Civil Veterinary Department Bengal reports 1923-33 - 1923-1933
Year: 1923
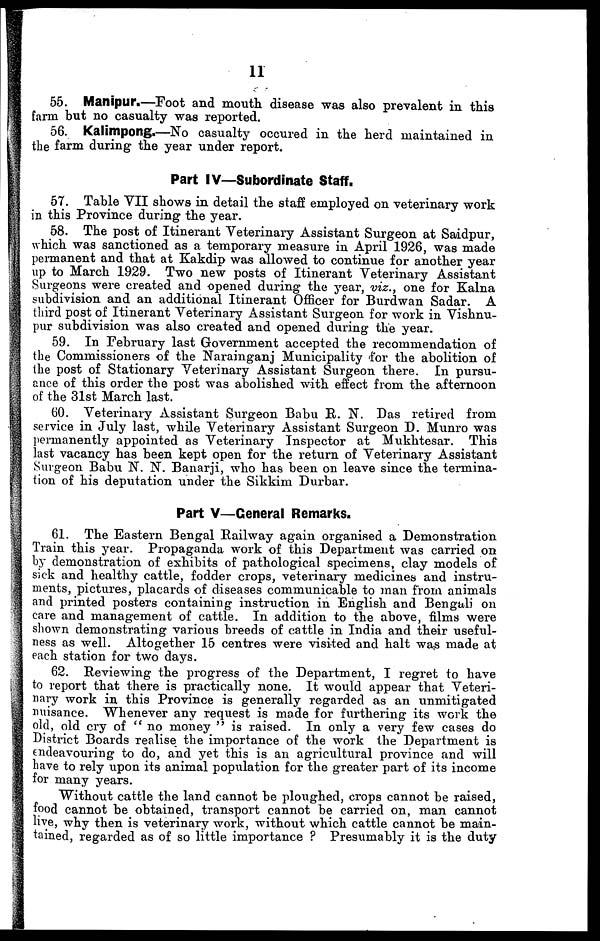
11
55. Manipur.—Foot and mouth disease was also prevalent in this
farm but no casualty was reported.
56. Kalimpong.—No casualty occured in the herd maintained in
the farm during the year under report.
Part IV—Subordinate Staff.
57. Table VII shows in detail the staff employed on veterinary work
in this Province during the year.
58. The post of Itinerant Veterinary Assistant Surgeon at Saidpur,
which was sanctioned as a temporary measure in April 1926, was made
permanent and that at Kakdip was allowed to continue for another year
up to March 1929. Two new posts of Itinerant Veterinary Assistant
Surgeons were created and opened during the year, viz., one for Kalna
subdivision and an additional Itinerant Officer for Burdwan Sadar. A
third post of Itinerant Veterinary Assistant Surgeon for work in Vishnu-
pur subdivision was also created and opened during the year.
59. In February last Government accepted the recommendation of
the Commissioners of the Narainganj Municipality for the abolition of
(he post of Stationary Veterinary Assistant Surgeon there. In pursu-
ance of this order the post was abolished with effect from the afternoon
of the 31st March last.
60. Veterinary Assistant Surgeon Babu R. N. Das retired from
service in July last, while Veterinary Assistant Surgeon D. Munro was
permanently appointed as Veterinary Inspector at Mukhtesar. This
last vacancy has been kept open for the return of Veterinary Assistant
Surgeon Babu N. N. Banarji, who has been on leave since the termina-
tion of his deputation under the Sikkim Durbar.
Part V—General Remarks.
61. The Eastern Bengal Railway again organised a Demonstration
Train this year. Propaganda work of this Department was carried on
by demonstration of exhibits of pathological specimens, clay models of
sick and healthy cattle, fodder crops, veterinary medicines and instru-
ments, pictures, placards of diseases communicable to man from animals
and printed posters containing instruction in English and Bengali on
care and management of cattle. In addition to the above, films were
shown demonstrating various breeds of cattle in India and their useful-
ness as well. Altogether 15 centres were visited and halt was made at
each station for two days.
62. Reviewing the progress of the Department, I regret to have
to report that there is practically none. It would appear that Veteri-
nary work in this Province is generally regarded as an unmitigated
nuisance. Whenever any request is mode for furthering its work the
old, old cry of "no money " is raised. In only a very few cases do
District Boards realise the importance of the work the Department is
endeavouring to do, and yet this is an agricultural province and will
have to rely upon its animal population for the greater part of its income
for many years.
Without cattle the land cannot be ploughed, crops cannot be raised,
food cannot be obtained, transport cannot be carried on, man cannot
live, why then is veterinary work, without which cattle cannot be main-
tained, regarded as of so little importance ? Presumably it is the duty